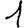
Digit: 1